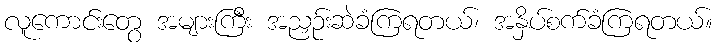
လူကောင်းတွေ အများကြီး အညှဉ်းဆဲခံကြရတယ်၊ အနှိပ်စက်ခံကြရတယ်။